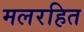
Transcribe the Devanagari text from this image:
मलरहित